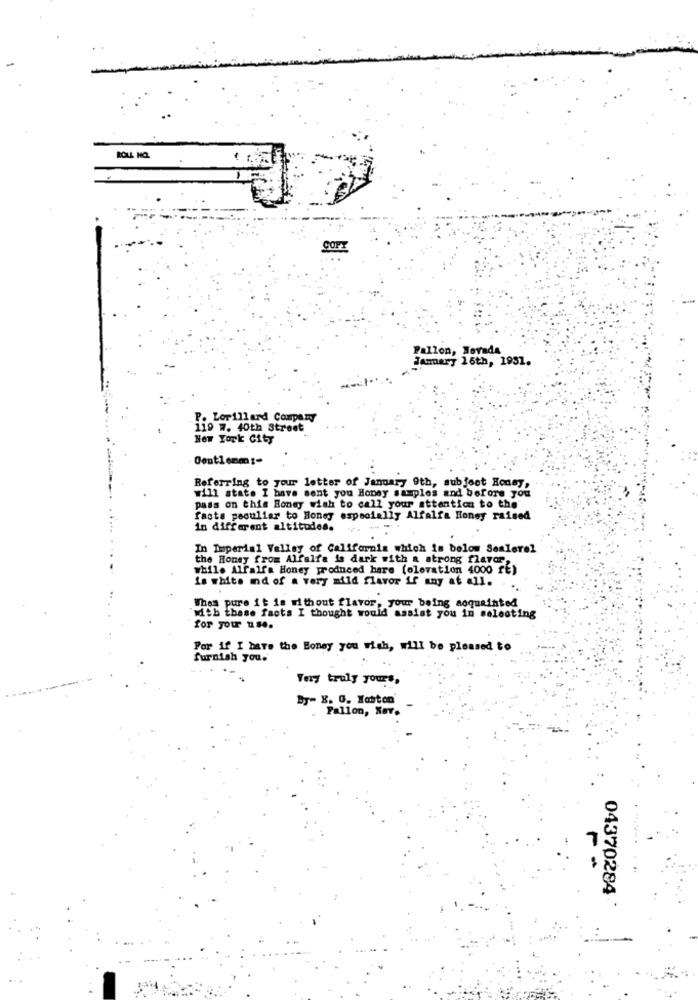
ROLL HO.
COPY
Fallon, Nevada
January 26th, 1951.
P. Lorillard Company
119 7. 40th Street
New York City
Contlemm :-
Referring to your letter of January 9th, subject Honey,
will state I have sent you Honey samples and before you
pass on this Bondy wish to call your attention to the'
facts peculiar to Honey especially Alfalfa Honey raised
in different altitudes.
In Imperial Valley of California which is below Sealevel
the Honey from Alfalfa is dark with a strong flavor,
while Alfalfa Honey produced hare (elevation 4000 rE)
is white nd of a very mild flavor if any at all.
When pure it is without flavor, your being acquainted
with these facts I thought would assist you in selecting
for your use.
Por if I bare the Boney you wish, will be pleased to
furnish you.
Very truly yours,
By- X. G. Waston
Fallon, Xav.
-
04370284